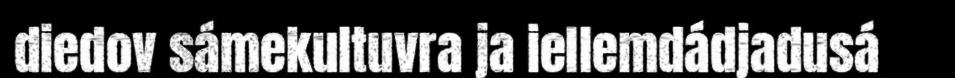
diedov sámekultuvra ja iellemdádjadusá